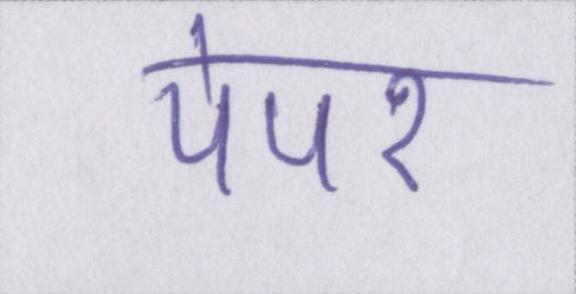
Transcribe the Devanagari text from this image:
पेपर